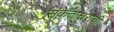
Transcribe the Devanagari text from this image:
संकेताक्षराची